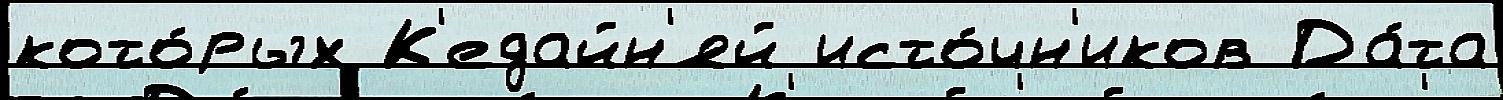
кото́рых К'едайн'яй исто́чн'иков Да́та